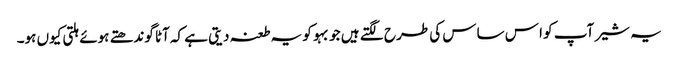
یہ شیر آپ کو ا س ساس کی طرح لگتے ہیں جو بہو کو یہ طعنہ دیتی ہے کہ آٹا گوندھتے ہوئے ہلتی کیوں ہو۔